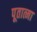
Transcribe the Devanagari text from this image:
पूतात्मा